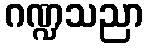
ဂဏ္ဍသညာ